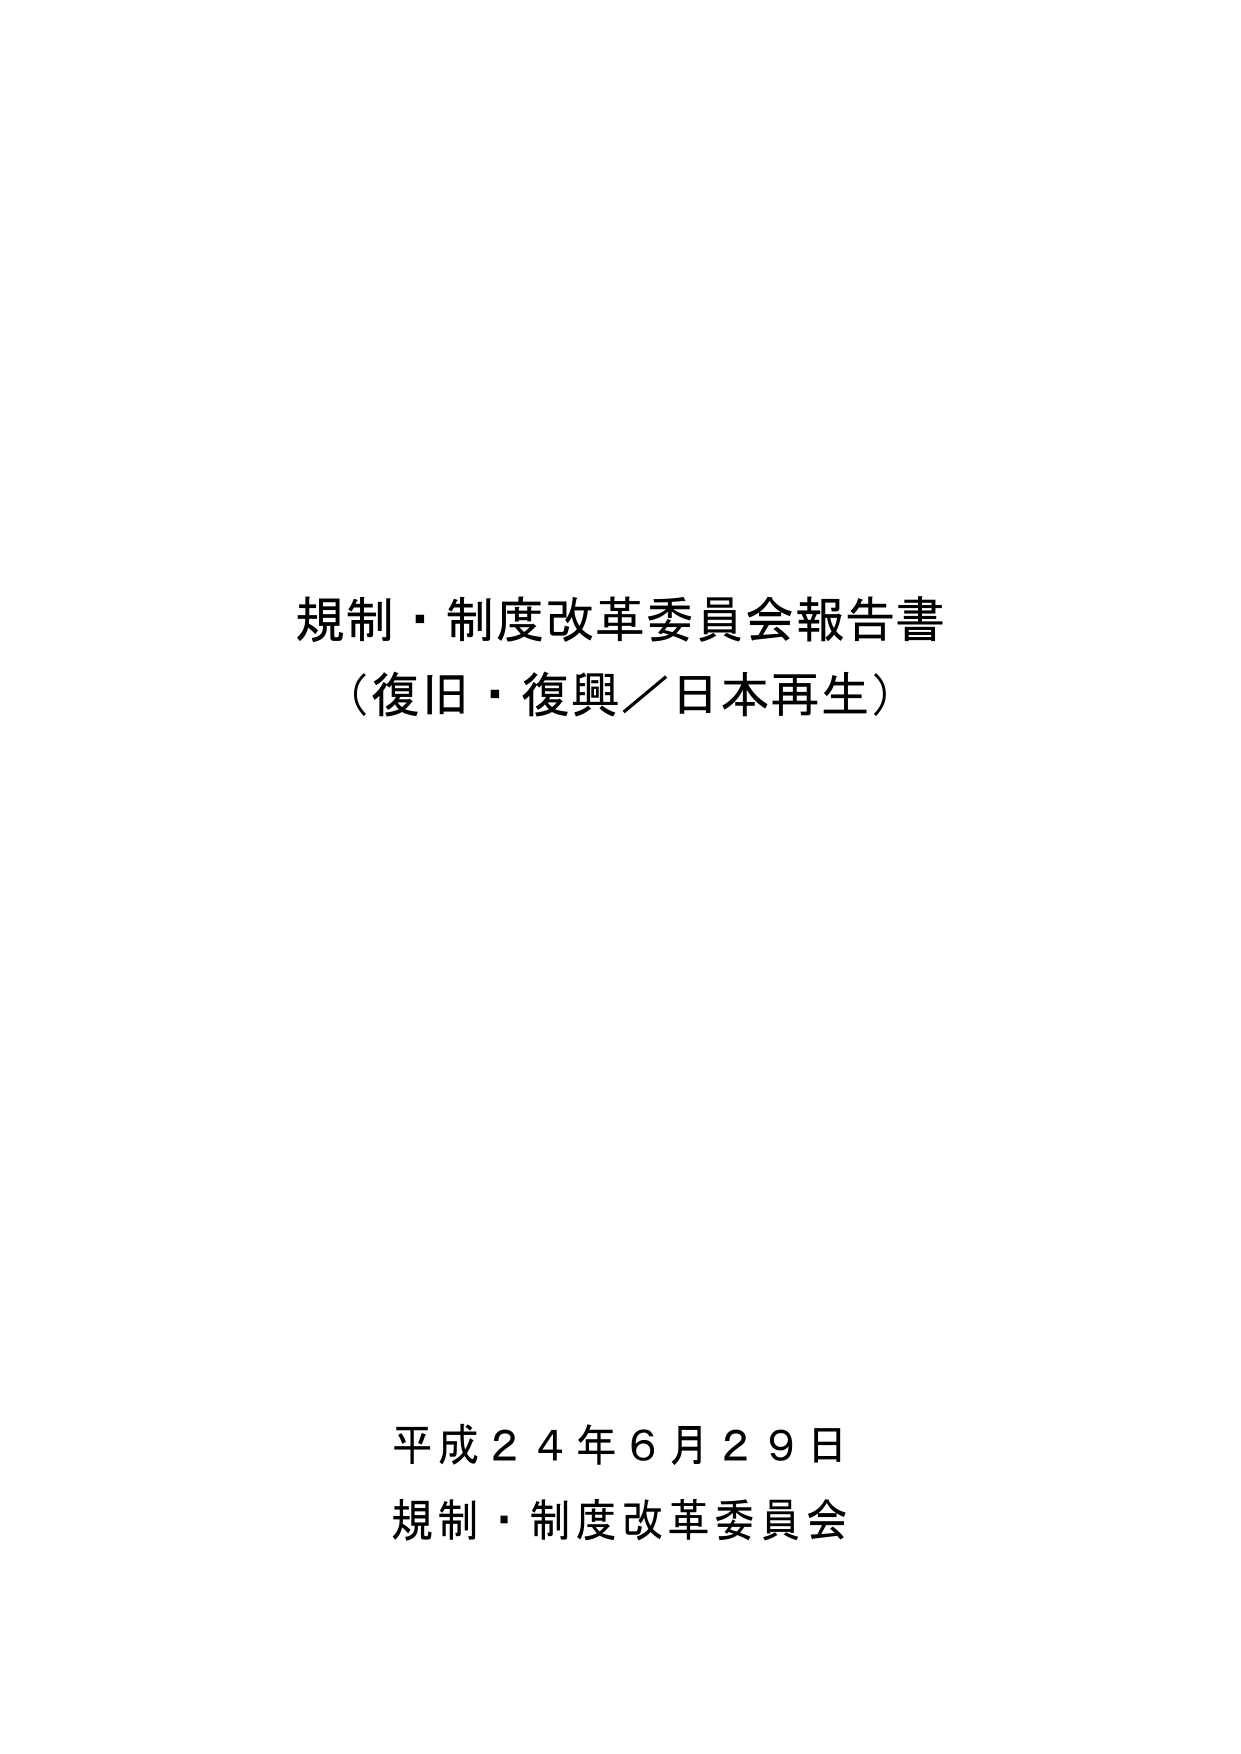
規制・制度改革委員会報告書
（復旧・復興／日本再生）

平成２４年６月２９日
規制・制度改革委員会